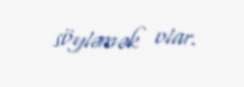
söyləmək olar.